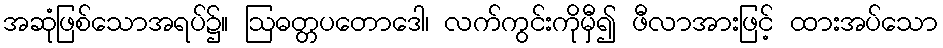
အဆုံဖြစ်သောအရပ်၌။ ဩဓတ္တပတောဒေါ၊ လက်ကွင်းကိုမှီ၍ ဖီလာအားဖြင့် ထားအပ်သော